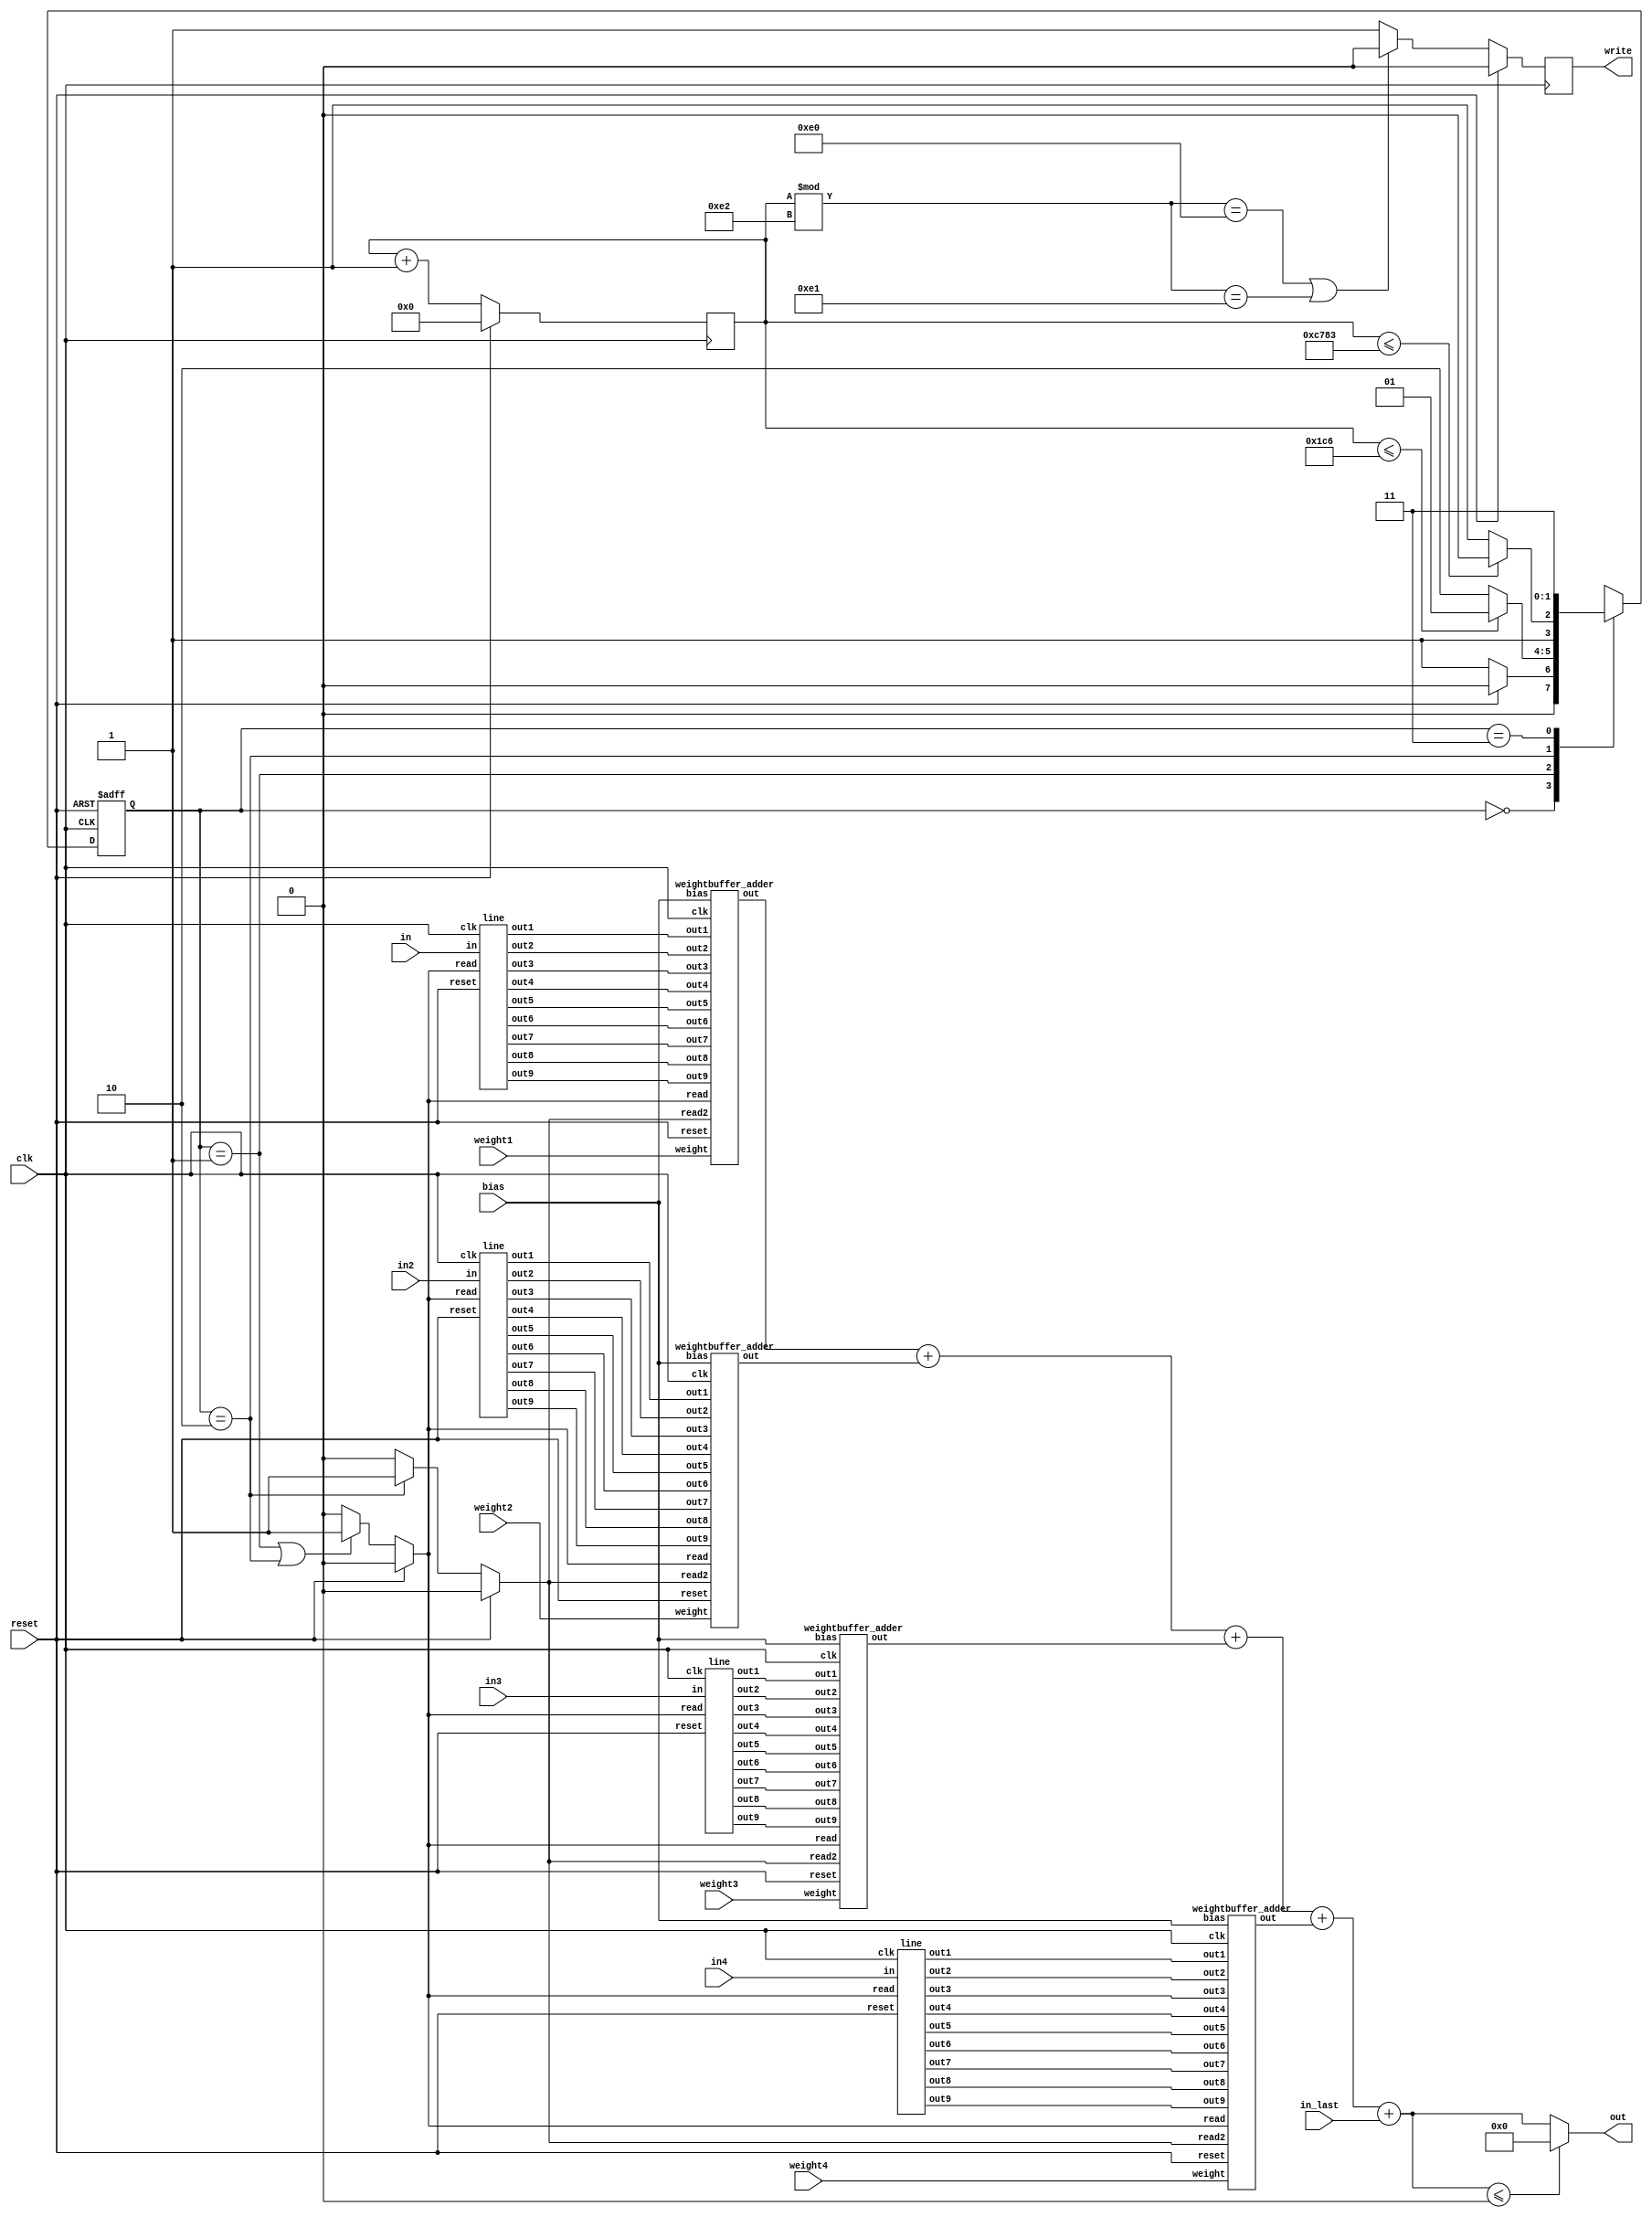
`define buffer_size 226*2+2
`define img_size 226*226
module Top( clk, reset, in, in2, in3, in4, weight1, weight2, weight3, weight4, bias, in_last, out, write);
    input clk, reset;
    input signed[15:0] weight1, weight2, weight3, weight4;
	input signed[15:0] bias;
	input [8:0] in, in2, in3, in4, in_last;
    output signed [35:0] out;
    output reg write;
    wire [8:0] out1_1, out2_1, out3_1, out4_1, out5_1, out6_1, out7_1, out8_1, out9_1;
    wire [8:0] out1_2, out2_2, out3_2, out4_2, out5_2, out6_2, out7_2, out8_2, out9_2;
    wire [8:0] out1_3, out2_3, out3_3, out4_3, out5_3, out6_3, out7_3, out8_3, out9_3;
    wire [8:0] out1_4, out2_4, out3_4, out4_4, out5_4, out6_4, out7_4, out8_4, out9_4;
    reg [16:0] cnt_addre;
    reg [1:0] state, next_state;
    wire signed[35:0] tmp ;
    parameter IDLE = 0, LOAD_IMG = 1, OP = 2, FINISH = 3;
    reg read, read2;
    wire signed [35:0] out1, out2, out3, out4;
    integer i;
    assign tmp = out1 + out2 + out3 + out4 + in_last;
    assign out = (tmp <= 0)? 0 : tmp;
    always@(posedge clk)begin
        if(reset)   cnt_addre <= 0;
        else cnt_addre <= cnt_addre + 1;
    end
    always@(posedge clk or posedge reset)begin
        if(reset)   state <= IDLE;
        else state <= next_state;
    end
    
    always@(*)begin
        case(state)
            IDLE: next_state = (reset)? IDLE : LOAD_IMG;
            LOAD_IMG:begin
                if(cnt_addre <= `buffer_size)   next_state = LOAD_IMG;
                else next_state = OP;
            end
            OP:begin
                if(cnt_addre <= `img_size - 1)  next_state = OP;
                else next_state = FINISH;
            end
            FINISH: next_state = FINISH;
            default:    next_state = FINISH; 
        endcase
    end
    
    always@(posedge clk)begin
        if(reset) write <= 0;
        else if(cnt_addre%226==224 || cnt_addre%226 == 225) write <= 0;
        else write <= 1;
    end

    always@(*)begin
        if(reset) read <= 0;
        else if(state == LOAD_IMG || state == OP)   read <= 1;
        else read <= 0;
    end
    always@(*)begin
        if(reset) read2 <= 0;
        else if(state == OP)   read2 <= 1;
        else read2 <= 0;
    end

    line line1 ( clk, reset, read, in, out1_1, out2_1, out3_1, out4_1, out5_1, out6_1, out7_1, out8_1, out9_1);
    line line2 ( clk, reset, read, in2, out1_2, out2_2, out3_2, out4_2, out5_2, out6_2, out7_2, out8_2, out9_2);
    line line3 ( clk, reset, read, in3, out1_3, out2_3, out3_3, out4_3, out5_3, out6_3, out7_3, out8_3, out9_3);
    line line4 ( clk, reset, read, in4, out1_4, out2_4, out3_4, out4_4, out5_4, out6_4, out7_4, out8_4, out9_4);

    weightbuffer_adder ww (clk, reset,  read, read2, weight1, bias, out1_1, out2_1, out3_1, out4_1, out5_1, out6_1, out7_1, out8_1, out9_1, out1);
    weightbuffer_adder ww2 (clk, reset,  read, read2, weight2, bias, out1_2, out2_2, out3_2, out4_2, out5_2, out6_2, out7_2, out8_2, out9_2, out2);
    weightbuffer_adder ww3 (clk, reset,  read, read2, weight3, bias, out1_3, out2_3, out3_3, out4_3, out5_3, out6_3, out7_3, out8_3, out9_3, out3);
    weightbuffer_adder ww4 (clk, reset,  read, read2, weight4, bias, out1_4, out2_4, out3_4, out4_4, out5_4, out6_4, out7_4, out8_4, out9_4, out4);
endmodule

module weightbuffer_adder(clk, reset,  read, read2, weight, bias, out1, out2, out3, out4, out5, out6, out7, out8, out9, out);
    input clk, reset, read, read2;
    input signed[15:0] weight;
    input signed[15:0] bias;
    input [8:0] out1, out2, out3, out4, out5, out6, out7, out8, out9;
    output reg signed [35:0] out;
    reg signed[15:0] w [1:9];
    reg signed [35:0] temp1, temp2, temp3, temp4, temp5, temp6 , temp7, temp8, sum, relu, tt;
    reg [15:0] cnt_add;
    integer i;
    always@(posedge clk)begin
        if(reset)   for(i = 1 ;i < 10 ;i = i+1) w[i] <= 0; 
        else if(read) w[cnt_add] <= weight;
        else w[cnt_add] <= w[cnt_add];
    end
    always@(posedge clk) begin
        if(reset) cnt_add <= 0;
        else cnt_add <= cnt_add + 1;
    end
    always@(*)begin
        tt = w[1];
    end
    always@(*)begin//adder_tree
        if(read2==0)   relu = 0;
        else begin
            temp1 = $signed(out1) * w[1] + $signed(out2) * w[2];
			temp2 = $signed(out3) * w[3] + $signed(out4) * w[4];
			temp3 = $signed(out5) * w[5] + $signed(out6) * w[6];
			temp4 = $signed(out7) * w[7] + $signed(out8) * w[8];
			temp5 = temp1 + temp2 ;
			temp6 = temp3 + temp4;
			temp7 = $signed(out9) * w[9] + bias;
            temp8 = temp5 + temp6;
			sum =  temp8 + temp7;
            relu = (sum <= 0)? 0 : sum;
        end
    end
    
    always@(posedge clk)begin
        if(reset)   out <= 0;
        else if(read2) out <= relu;
        else out <= 0;
    end
endmodule

module line( clk, reset, read, in, out1, out2, out3, out4, out5, out6, out7, out8, out9);
    input clk, reset, read;
    input [8:0] in;
    output reg [8:0] out1, out2, out3, out4, out5, out6, out7, out8, out9;
    reg [8:0] buffer[1:`buffer_size+1];
    integer i;

    always@(posedge clk)begin
        buffer[`buffer_size+1] <= in;
        for(i = `buffer_size  ; i > 0 ; i = i -1)    buffer[i] <= buffer[i+1];
    end

    always@(posedge clk)begin
        if(reset)  begin
            out1 <= 0;
            out2 <= 0;
            out3 <= 0;
            out4 <= 0;
            out5 <= 0;
            out6 <= 0;
            out7 <= 0;
            out8 <= 0;
            out9 <= 0;
        end
        else if(read) begin
            out1 <= buffer[1];
            out2 <= buffer[2];
            out3 <= buffer[3];
            out4 <= buffer[227];
            out5 <= buffer[228];
            out6 <= buffer[229];
            out7 <= buffer[453];
            out8 <= buffer[454];
            out9 <= buffer[455];
        end
        else begin
            out1 <= out1;
            out2 <= out2;
            out3 <= out3;
            out4 <= out4;
            out5 <= out5;
            out6 <= out6;
            out7 <= out7;
            out8 <= out8;
            out9 <= out9;
        end
    end

endmodule